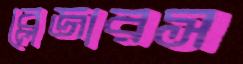
ব্লেজারস